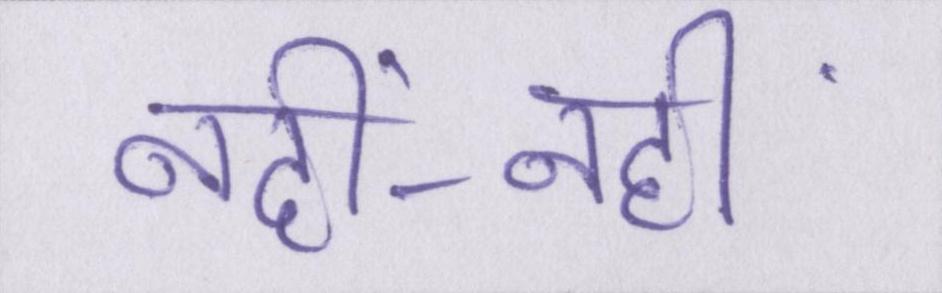
नहीं-नहीं